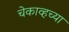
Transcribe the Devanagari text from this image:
चेकाव्हच्या